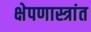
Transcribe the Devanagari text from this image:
क्षेपणास्त्रांत